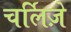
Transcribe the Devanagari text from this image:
चर्लिज़े